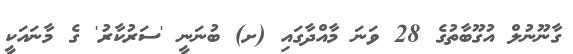
ގާނޫނުލް އުގޫބާތުގެ 28 ވަނަ މާއްދާގައި (ށ) ބުނަނީ 'ސަރުކާރު' ގެ މާނައަކީ